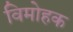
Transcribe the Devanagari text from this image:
विमोहक